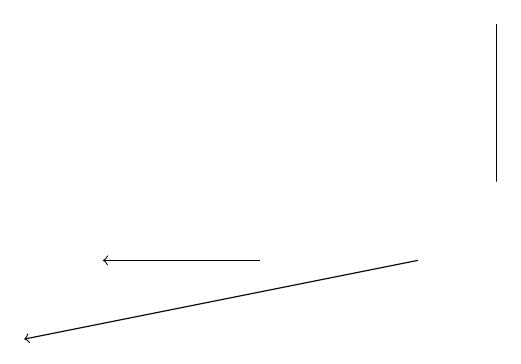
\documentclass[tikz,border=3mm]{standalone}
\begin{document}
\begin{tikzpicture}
\draw[->] (7,14) -- (2,13);
\draw[->] (5,14) -- (3,14);
\draw (8,17) rectangle (8,15);
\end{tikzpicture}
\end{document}